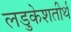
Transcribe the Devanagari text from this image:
लडुकेशतीर्थ